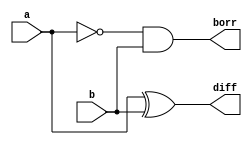
module halfsub_data (a,b,diff,borr);
input a, b;
output diff,borr;
wire w1;
assign w1=~a;
and a1(borr,w1,b);
xor x1(diff,a,b);
endmodule

//Test Bench
module halfsub_test;
reg a,b;
wire borr, diff;

halfsub_data halfsub_test(a,b,diff,borr);
initial
begin
a = 1'b0;
b = 1'b0;
$monitor("Time:%0t a=%b b=%b diff=%b borr=%b", $time, a, b, diff, borr);
#5 a=1'b0; b=1'b0;
#5 a=1'b0; b=1'b1;
#5 a=1'b1; b=1'b0;
#5 a=1'b1; b=1'b1;
end
endmodule